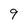
Character: 9